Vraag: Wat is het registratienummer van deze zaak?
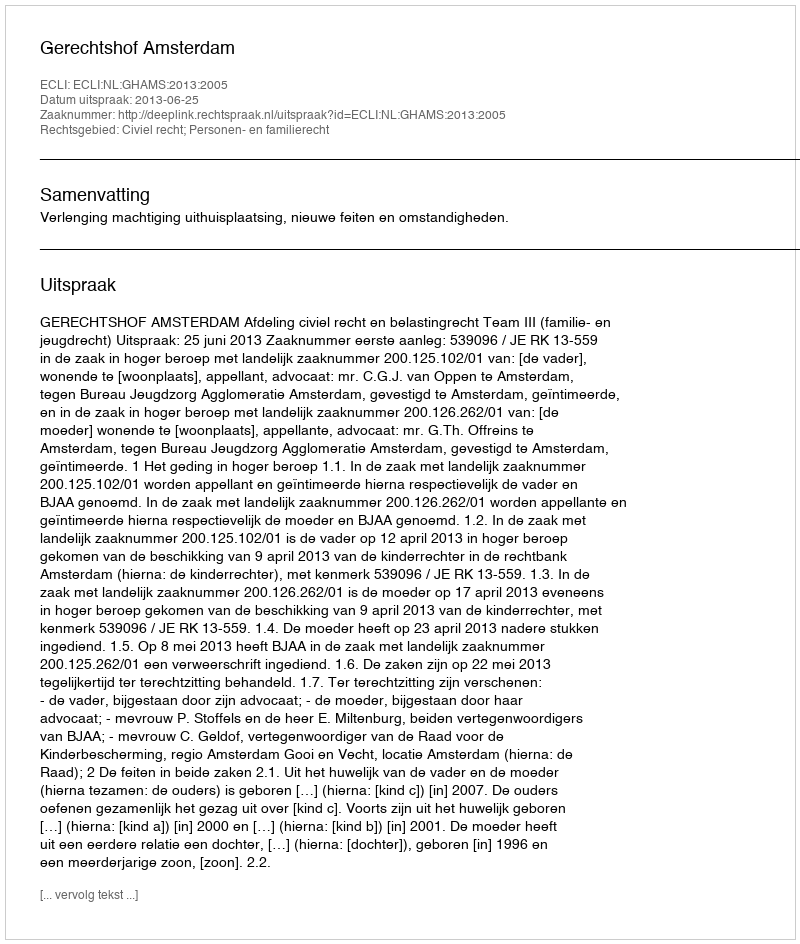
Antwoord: http://deeplink.rechtspraak.nl/uitspraak?id=ECLI:NL:GHAMS:2013:2005